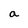
Character: a